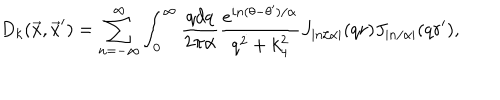
D _ { k } ( { \vec { x } } , { \vec { x } ^ { \prime } } ) = \sum _ { n = - \infty } ^ { \infty } \int _ { 0 } ^ { \infty } { \frac { q d q } { 2 \pi \alpha } } { \frac { e ^ { i n ( \theta - \theta ^ { \prime } ) / \alpha } } { q ^ { 2 } + k _ { 4 } ^ { 2 } } } J _ { \left| n / \alpha \right| } ( q r ) J _ { \left| n / \alpha \right| } ( q r ^ { \prime } ) ,